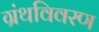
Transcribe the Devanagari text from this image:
ग्रंथविवरण